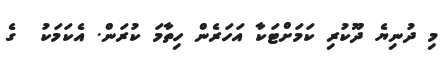
މި ދުނިޔެ ދޫކުރި ކަމަށްޓަކާ އަހަރެން ހިތާމަ ކުރަން. އެކަމަކު  ގެ